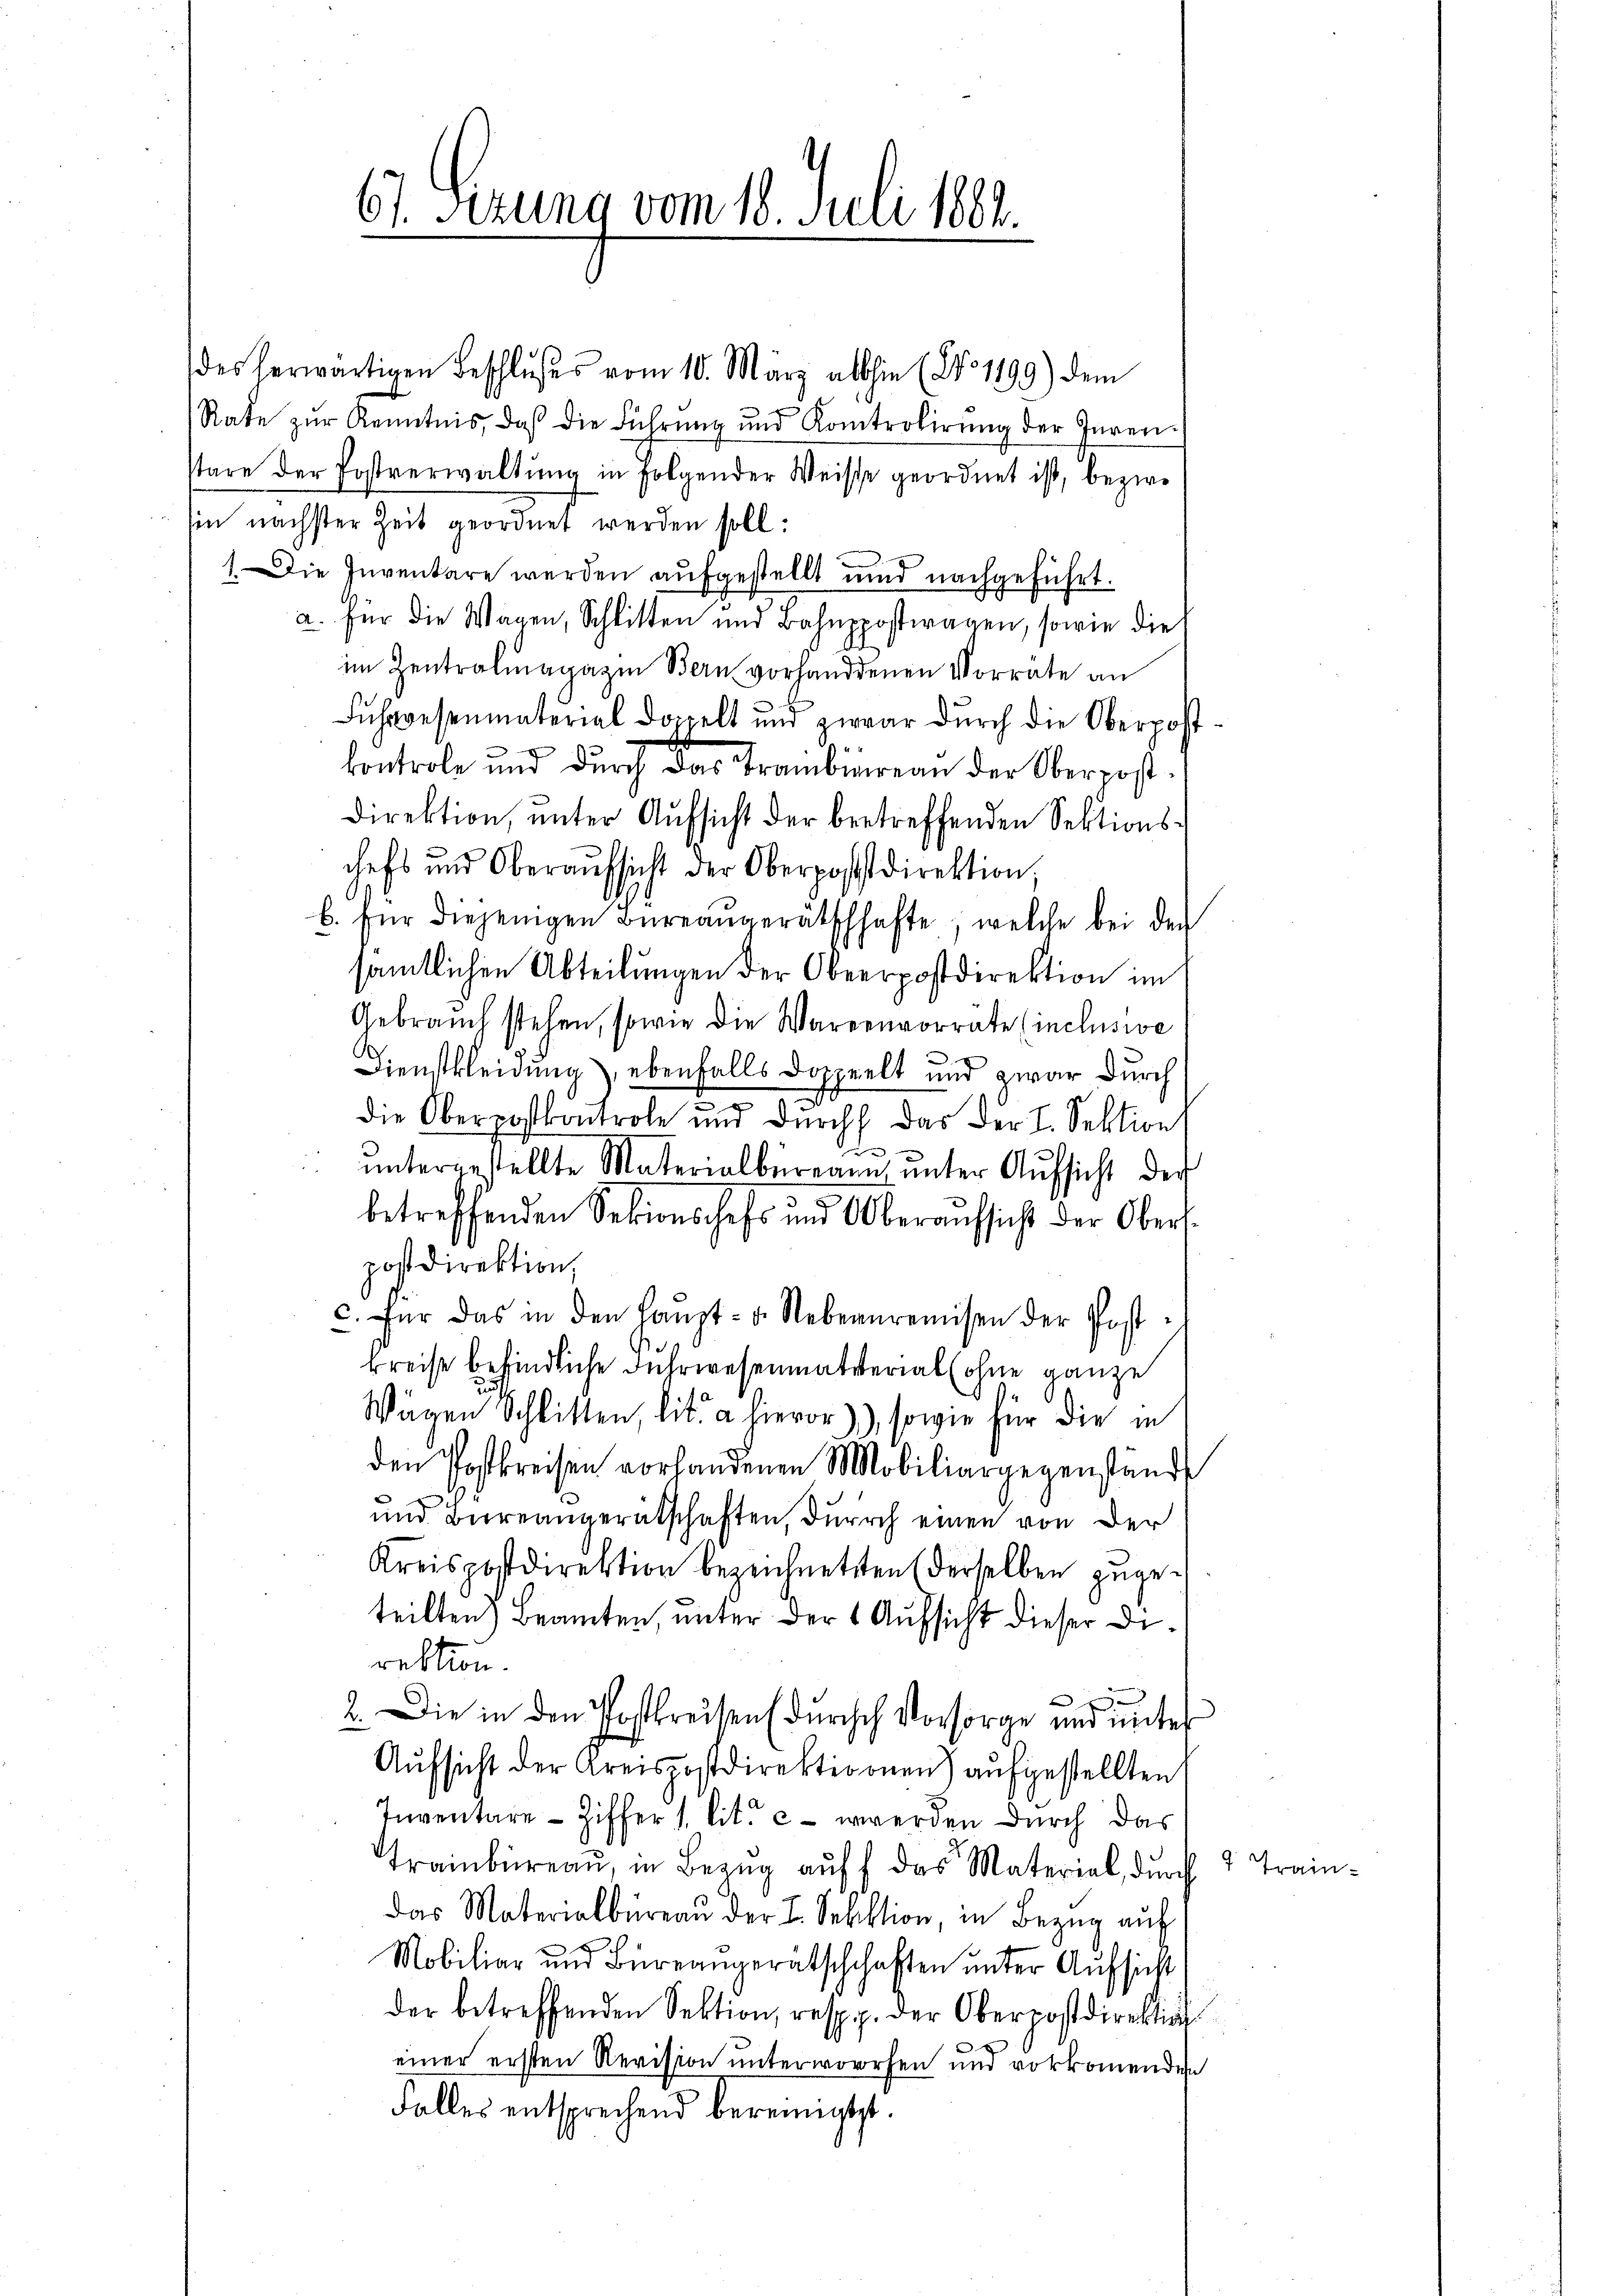
67. Sezung vom 18. Juli 1882.

des herwärtigen Beschlußes vom 10. März allhie (No. 1199) dem
Rate zŭr Kenntnis, daß die Führŭng und Kontrolirŭng der Inven-
stare der Postverwaltŭng in folgender Weisse geordnet ist, bezwe
sin nächster Zeit geordnet werden soll.
1. Die Inventare werden aufgestellt und nachgeführt.
a. für die Wagen, Schlitten und Bahnppostwagen, sowie die
im Zentralmagazin Bern vorhanddenen Vorräte an
Fuhrwesenmaterial doppelt und zwar dŭrch die Oberpost
kontrole und durch das Trambüreau der Oberpost-
direktion, ŭnter Aŭfsicht der betreffenden Sektions-
chefs und Oberaŭfsicht der Oberpostdirektion
b. für diejenigen Büreangerätschhafte, welche bei der
sämtlichen Abteilungen der Oberrpostdirektion im
Gebrauch stehen, sowie die Warenvorräte (inclusive
Dienstkleidung), ebenfalls doppelt und zwar durch
b
die Oberpostkontrole und durch das der I. Sektion
x

ŭntergestellte Materialbüreaun, ŭnter Aŭfsicht der
betreffenden Sektionschefs und Oberaufsicht der Oberl
postdirektion,
c. Für das in den Haupt- u. Nebernremisen der Postkreise befindliche Fuhrwesenmaterial (ohne ganze
Wägen Schlitten, lit. a hieror)), sowie für die in
den Postkreisen vorhandenen Mobiliargegenständ
und Bereangerütschaften, durch einen von der
Kreispostdirektion bezeichneten (derselben zugeteilten) Beamten, unter der Aufsicht dieser Direktion.

)
e
2. Die in den Postkreisen (durchch Vorsorge und unter
Aufsicht der Kreispostdirektionnen) aufgestellten
Inventare - Ziffer 1. lit. c. werden durch das
Trainbüreaŭ in Bezŭg aŭf das Material, dŭrch
das Materialbüreaŭ der I. Sektion, in Bezug auf
Mobiliar und Büreangerätschschaften unter Aufsicht
der betreffenden Sektion, resp. der Oberpostdirektion
einer ersten Revision unterworfen und vorkommende
Falles entsprechend bereinigtest.

7.

7 Train-